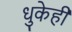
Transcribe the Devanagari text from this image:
धुकेही